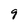
Character: 9